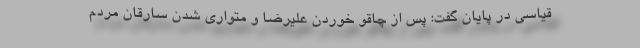
قیاسی در پایان گفت: پس از چاقو خوردن علیرضا و متواری شدن سارقان مردم